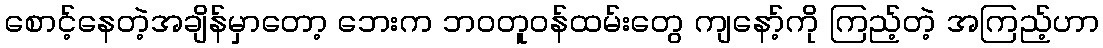
စောင့်နေတဲ့အချိန်မှာတော့ ဘေးက ဘဝတူဝန်ထမ်းတွေ ကျနော့်ကို ကြည့်တဲ့ အကြည့်ဟာ